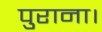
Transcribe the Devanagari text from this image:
पुराना।